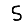
Digit: 5